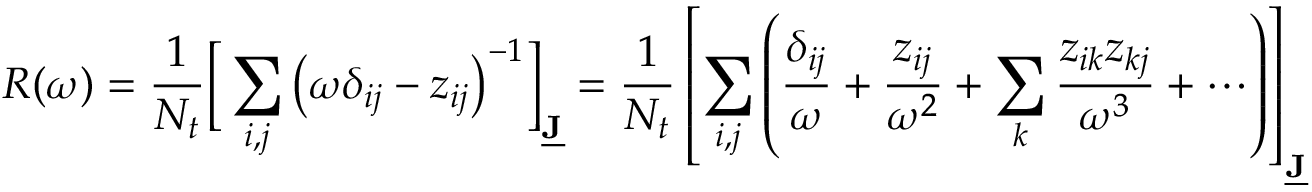
R ( \omega ) = \frac { 1 } { N _ { t } } \Big [ \sum _ { i , j } \big ( \omega \delta _ { i j } - z _ { i j } \big ) ^ { - 1 } \Big ] _ { \underline { { \mathbf { J } } } } = \frac { 1 } { N _ { t } } \left[ \sum _ { i , j } \left( \frac { \delta _ { i j } } { \omega } + \frac { z _ { i j } } { \omega ^ { 2 } } + \sum _ { k } \frac { z _ { i k } z _ { k j } } { \omega ^ { 3 } } + \cdots \right) \right] _ { \underline { { \mathbf { J } } } }